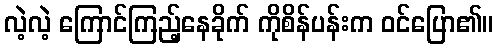
လဲ့လဲ့ ကြောင်ကြည့်နေခိုက် ကိုစိန်ပန်းက ဝင်ပြော၏။